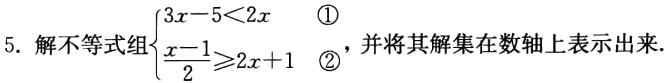
5. 解不等式组\(\begin{cases}3x - 5 < 2x&\textcircled{1}\\\frac{x - 1}{2} \geqslant 2x + 1&\textcircled{2}\end{cases}\)，并将其解集在数轴上表示出来.